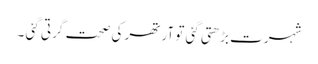
شہرت بڑھتی گئی تو آرتھر کی صحت گرتی گئی ۔